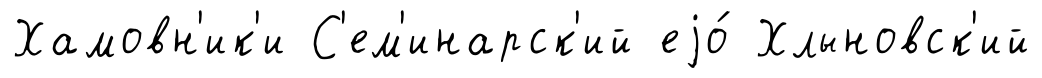
Хамовн'ик'и С'ем'инарск'ий еjо́ Хлыновск'ий